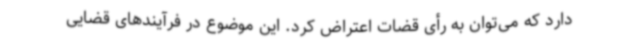
دارد که می‌توان به رأی قضات اعتراض کرد. این موضوع در فرآیندهای قضایی